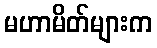
မဟာမိတ်များက